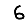
Digit: 6